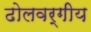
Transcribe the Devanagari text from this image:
ढोलवर्गीय